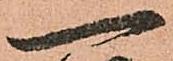
一